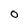
Character: O